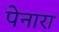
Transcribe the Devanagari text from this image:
पेनारा